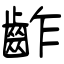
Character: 齚